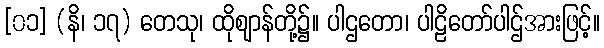
[၀၁] (နိ၊ ၁၇) တေသု၊ ထိုဈာန်တို့၌။ ပါဌတော၊ ပါဠိတော်ပါဌ်အားဖြင့်။